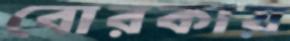
বোরকায়